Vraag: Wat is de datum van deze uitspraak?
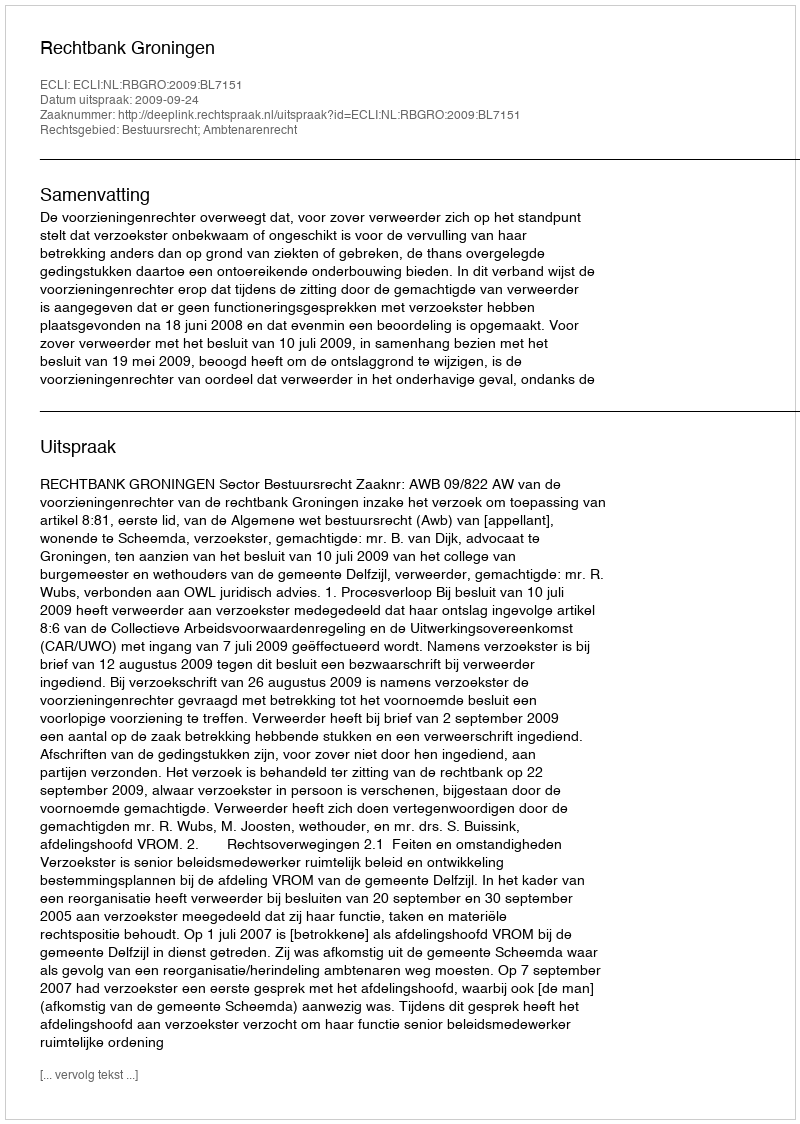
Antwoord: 2009-09-24